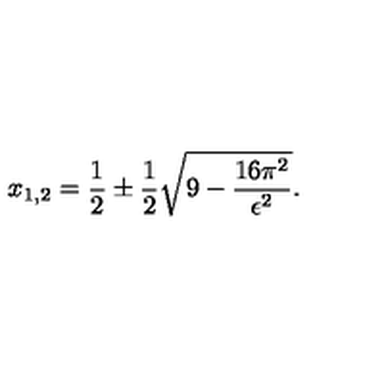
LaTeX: x _ { 1 , 2 } = \frac { 1 } { 2 } \pm \frac { 1 } { 2 } \sqrt { 9 - \frac { 1 6 \pi ^ { 2 } } { \epsilon ^ { 2 } } } .